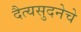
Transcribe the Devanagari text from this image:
दैत्यसुदनेचे